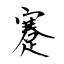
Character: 蹇